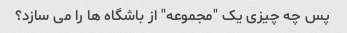
پس چه چیزی یک "مجموعه" از باشگاه ها را می سازد؟